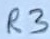
Text: R3